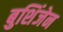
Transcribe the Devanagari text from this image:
बुशिंजेन